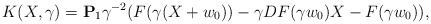
LaTeX: \begin{align*}{ K}(X, \gamma)={\bf P}_1 \gamma^{-2}(F (\gamma(X+w_0)) - \gamma DF(\gamma w_0) X - F(\gamma w_0)),\end{align*}